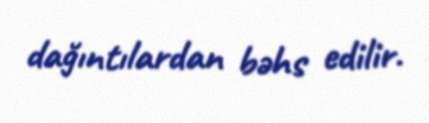
dağıntılardan bəhs edilir.